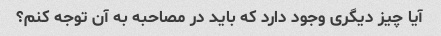
آیا چیز دیگری وجود دارد که باید در مصاحبه به آن توجه کنم؟